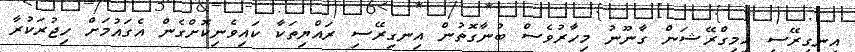
އިނގިރޭސި އިމިގްރޭޝަން ގާނޫނު މިހާރުވެސް ބުނާގޮތުން އިނގިރޭސި ރައްޔިތަކާ ކައިވެނިކޮށްގެން އެގައުމަށް ހިޖުރަކުރާ